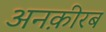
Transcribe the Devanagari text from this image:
अनक़ीरब